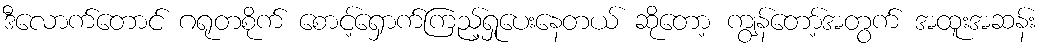
ဒီလောက်တောင် ဂရုတစိုက် စောင့်ရှောက်ကြည့်ရှုပေးနေတယ် ဆိုတော့ ကျွန်တော့်အတွက် အထူးအဆန်း